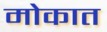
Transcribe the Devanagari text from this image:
मोकात